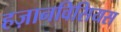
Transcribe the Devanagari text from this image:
हज़ानविसियस